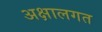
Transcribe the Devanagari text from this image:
अक्षालगत